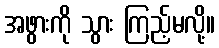
အဖွားကို သွား ကြည့်မလို့။